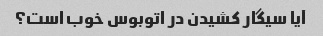
آیا سیگار کشیدن در اتوبوس خوب است؟